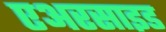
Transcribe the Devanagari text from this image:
एअरसाइड